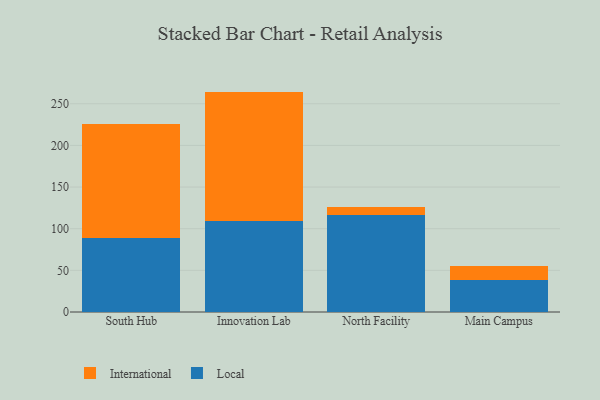
{"axis": {"x": "Campus", "y": "LTV (USD)"}, "legend": ["International", "Local"], "data": [{"x": "South Hub", "y": 89.2, "type": "Local"}, {"x": "South Hub", "y": 136.8, "type": "International"}, {"x": "Innovation Lab", "y": 109.5, "type": "Local"}, {"x": "Innovation Lab", "y": 155.1, "type": "International"}, {"x": "North Facility", "y": 116.7, "type": "Local"}, {"x": "North Facility", "y": 9.7, "type": "International"}, {"x": "Main Campus", "y": 38.0, "type": "Local"}, {"x": "Main Campus", "y": 17.0, "type": "International"}]}